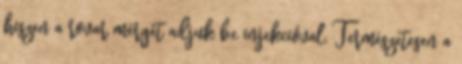
hiszen a rovar mérgét adjuk be injekcióval. Természetesen a